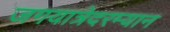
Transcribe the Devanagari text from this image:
जगयात्रेदरम्यान